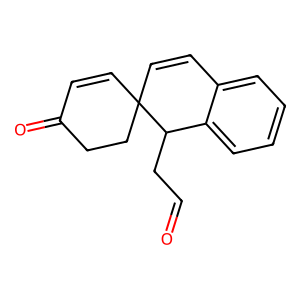
SMILES: O=CCC1c2ccccc2C=CC12C=CC(=O)CC2
Inhibits HIV replication: No